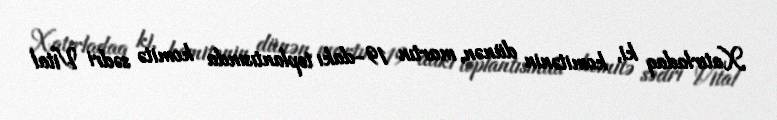
Xatırladaq ki, komitənin dünən, martın 19-dakı toplantısında komitə sədri Vital